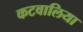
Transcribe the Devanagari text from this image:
कटवालिया